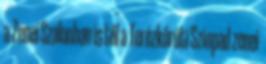
a Zenei Szalonban is től a Terézkörúti Színpad zenei